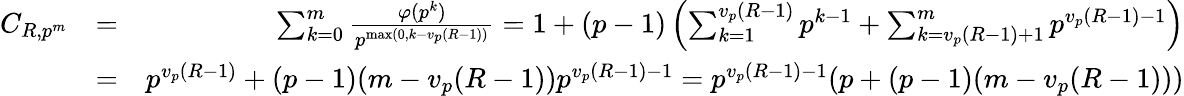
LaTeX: \begin{array}{rlr}{C_{R,p^{m}}}&{=}&{\sum_{k=0}^{m}\frac{\varphi(p^{k})}{p^{\operatorname*{max}(0,k-v_{p}(R-1))}}=1+(p-1)\left(\sum_{k=1}^{v_{p}(R-1)}p^{k-1}+\sum_{k=v_{p}(R-1)+1}^{m}p^{v_{p}(R-1)-1}\right)}\\ &{=}&{p^{v_{p}(R-1)}+(p-1)(m-v_{p}(R-1))p^{v_{p}(R-1)-1}=p^{v_{p}(R-1)-1}(p+(p-1)(m-v_{p}(R-1)))}\end{array}